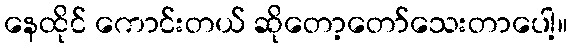
နေထိုင် ကောင်းတယ် ဆိုတော့တော်သေးတာပေါ့။